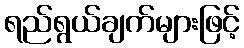
ရည်ရွယ်ချက်များဖြင့်